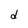
Character: d